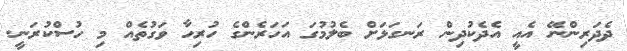
ދެދަރިންނޭ އެއީ އެދެކުދިން ރަނގަޅަށް ބެލުމުގަ އަހަރެންގެ ހުރިހާ ވަގުތެއް މި ހުސްކުރަނީ.